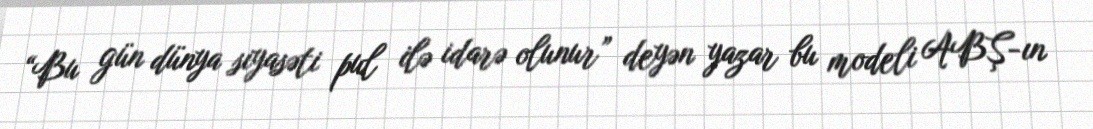
“Bu gün dünya siyasəti pul ilə idarə olunur” deyən yazar bu modeli ABŞ-ın